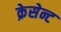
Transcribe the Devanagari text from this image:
क्रेसेन्ट